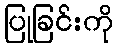
ပြုခြင်းကို